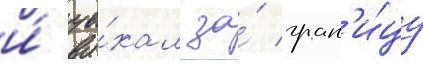
и́ уе́хал за́ гран'и́цу